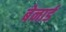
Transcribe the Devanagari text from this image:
बेनार्ड